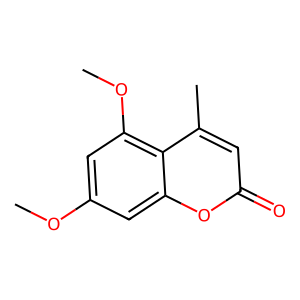
SMILES: COc1cc(OC)c2c(C)cc(=O)oc2c1
Inhibits HIV replication: No